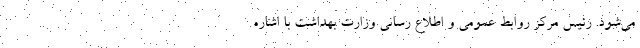
می‌‌شود. رئیس مرکز روابط عمومی و اطلاع رسانی وزارت بهداشت با اشاره